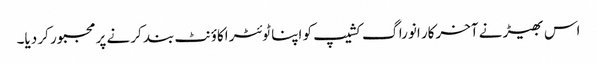
اس بھیڑ نے آخرکار انوراگ کشیپ کو اپنا ٹوئٹر اکاؤنٹ بند کرنے پر مجبور کر دیا۔